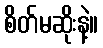
စိတ်မဆိုးနဲ့။